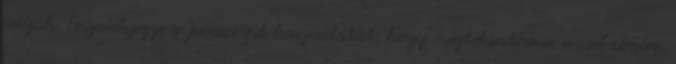
védjük. Engedélyezze a Javascript használatát, hogy megtekinthesse. email címére,